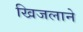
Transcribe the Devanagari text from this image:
खिजलाने